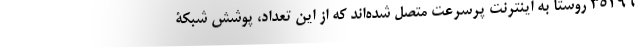
35296 روستا به اینترنت پرسرعت متصل شده‌اند که از این تعداد، پوشش شبکۀ